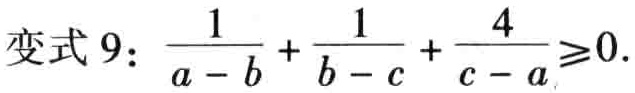
变式 9：\(\frac{1}{a - b} + \frac{1}{b - c} + \frac{4}{c - a} \geq 0\)